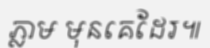
ភ្លាម មុនគេដែរ៕